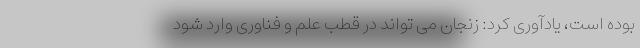
بوده است، یادآوری کرد: زنجان می تواند در قطب علم و فناوری وارد شود